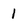
Character: 1